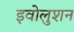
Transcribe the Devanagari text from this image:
इवोलुशन